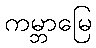
ကမ္ဘာမြေ